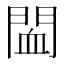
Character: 䦗